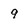
Character: 9